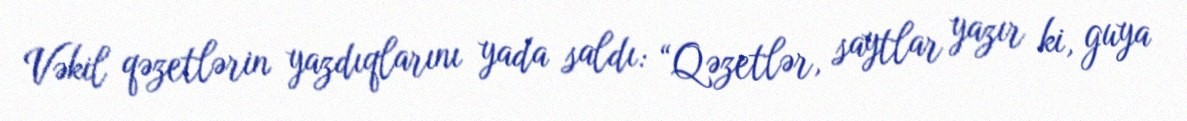
Vəkil qəzetlərin yazdıqlarını yada saldı: “Qəzetlər, saytlar yazır ki, guya